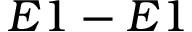
E 1 - E 1